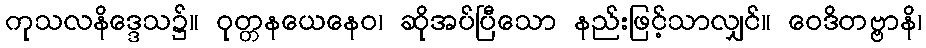
ကုသလနိဒ္ဒေသ၌။ ဝုတ္တနယေနေဝ၊ ဆိုအပ်ပြီသော နည်းဖြင့်သာလျှင်။ ဝေဒိတဗ္ဗာနိ၊